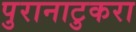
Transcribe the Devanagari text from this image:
पुरानाटुकरा